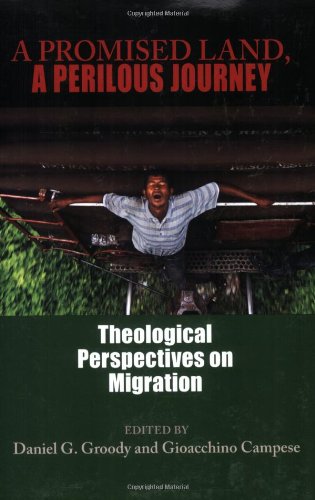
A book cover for A Promised Land, A Perilous Journey: Theological Perspectives on Migration; Christian Books & Bibles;